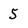
Character: 5